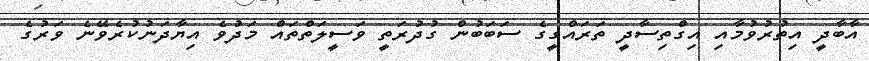
އާބާދީ އިތުރުވުމާއި އިގްތިސާދީ ތަރައްގީގެ ސަބަބުން ގުދުރަތީ ވަސީލަތްތައް މަދުވެ އިޔާދަނުކުރެވޭނެ ވަރުގެ